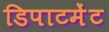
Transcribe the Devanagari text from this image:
डिपाटमेंट